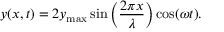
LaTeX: y ( x , t ) = 2 y _ { \mathrm { m a x } } \sin \left( { \frac { 2 \pi x } { \lambda } } \right) \cos ( \omega t ) .